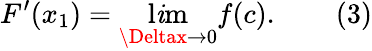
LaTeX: F^{\prime}(x_{1})=\operatorname*{l\mathit{i}m}_{\Deltax\to0}f(c).\qquad(3)